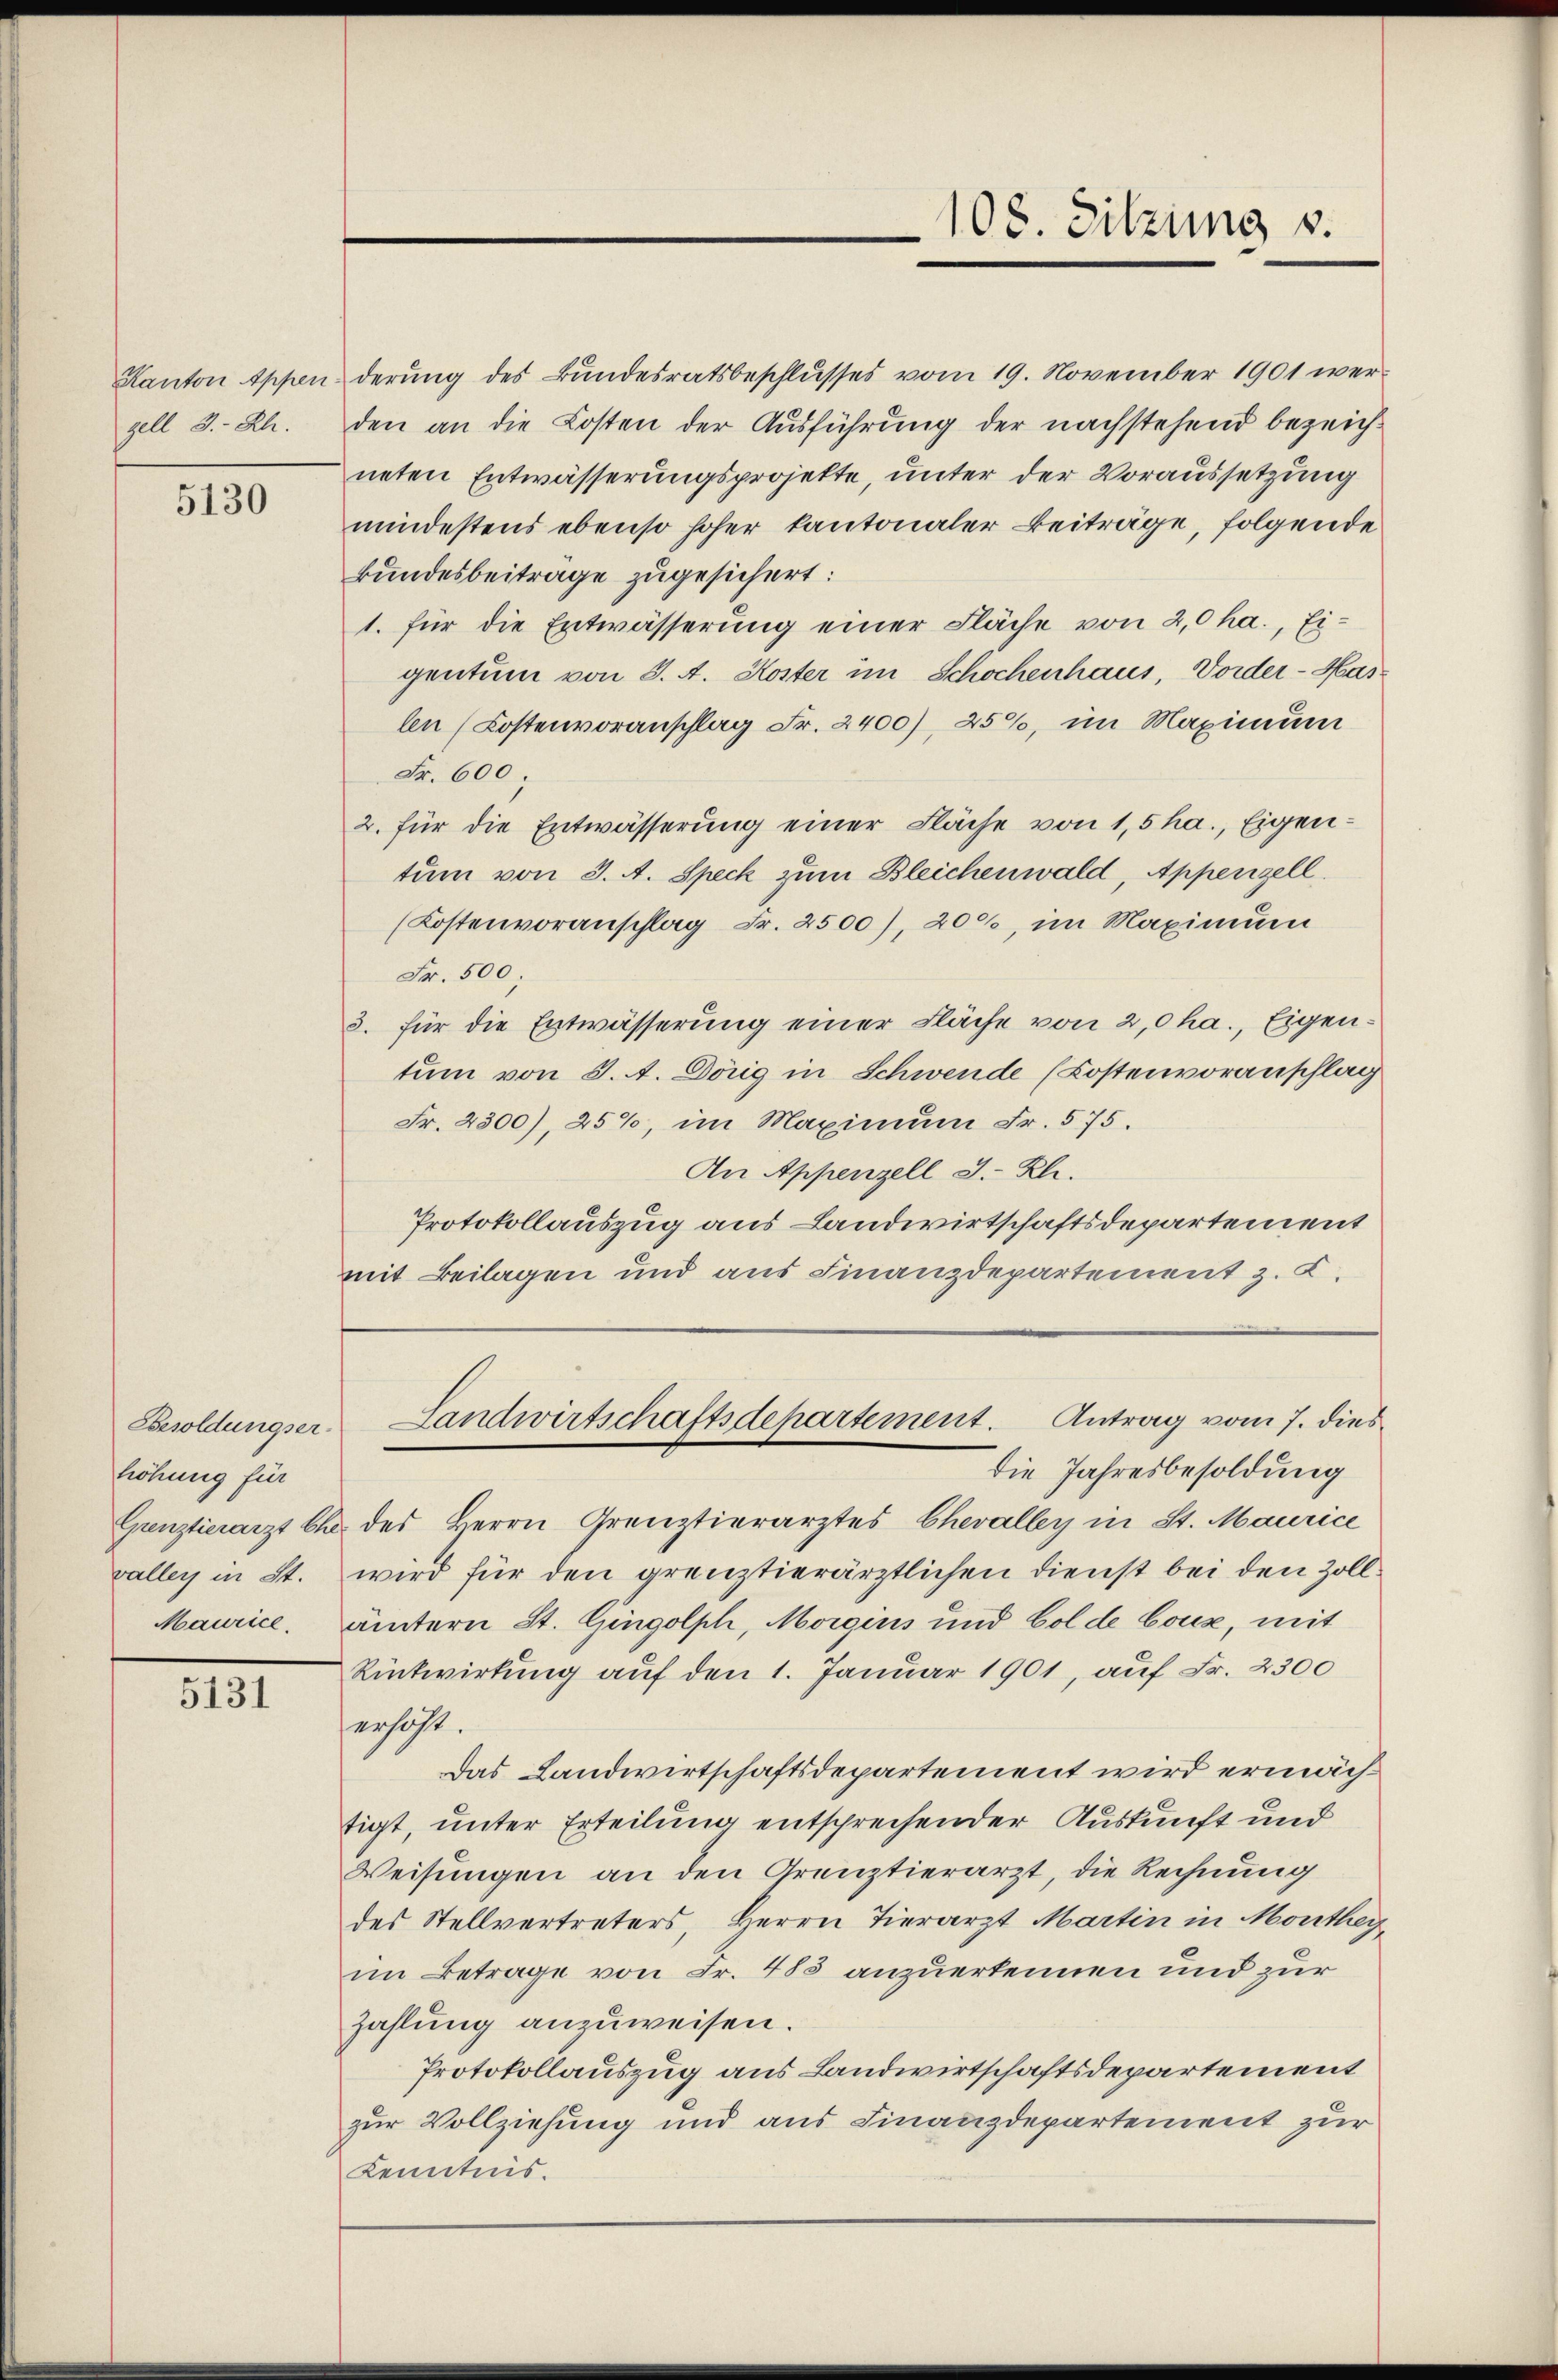
Kanton Appen
gell I.-Rh.

5130

höhung für
valler in St.

5131

108. Sitzung v.

derung des Bundesratsbeschlusses vom 19. November 1901 werden an die Kosten der Ausführung der nachstehend bezeichneten Entwässerungsprojekte, unter der Voraussetzung
mindestens ebenso hoher kantonaler Beiträge, folgende
kundesbeiträge zugesichert:
1. für die Entwässerung einer Fläche von 2,0 ha., Ei-
gentum von 3. A. Koster im Schochenhaus, Vorder-Haslen (Kostenvoranschlag Fr. 2400), 25%, im Maximum
Fr. 600.
2. für die Entwässerung einer Fläche von 1,5 ha., Eigen-
tum von 3. A. Speck zum Bleichenwald, Appenzell.
(Kostenvoranschlag Fr. 2500), 200, im Maximum
Fr. 500;
3. für die Entwässerung einer Fläche von 2,0ha., Eigentum von 3. A. Dörig in Schwende (Kostenvoranschlag
Fr. 4300), 25%, im Maximum Fr. 575.
An Appenzell I.-Rh.
Protokollauszug aus Landwirtschaftsdepartement
mit Beilagen und aus Finanzdepartement z. Z.

die Jahresbesoldung
Grenztierarzt Ch. des Herrn Greuztierarztes Chevalley in St. Maurice
wird für den grenztierärztlichen Dienst bei den Zoll¬
Maurice. Untern St. Gingolph, Morgins und Golde bouz, mit
Rückwirkung auf den 1. Januar 1901, auf Fr. 2300
erhöht.
Das Landwirtschaftsdepartement wird ermächtigt, unter Erteilung entsprechender Auskunft und
Weisungen an den Grenztierarzt, die Rechnung
des Stellvertreters, Herrn Tierarzt Martin in Montheiim Betrage von Fr. 483 anzuerkennen und zur
zahlung anzuweisen.
Protokollauszug aus Landwirtschaftsdepartement
zur Vollziehung und aus Finanzdepartement zur
Kenntnis.

Besoldungser, Landwirtschaftsdepartement. Antrag vom 7. dies